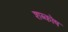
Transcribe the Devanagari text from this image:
शब्कोष